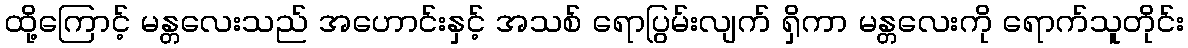
ထို့ကြောင့် မန္တလေးသည် အဟောင်းနှင့် အသစ် ရောပြွမ်းလျက် ရှိကာ မန္တလေးကို ရောက်သူတိုင်း